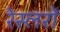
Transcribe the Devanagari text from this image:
रेस्लरों